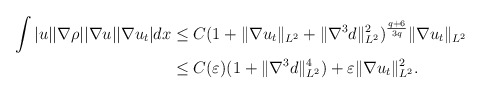
\begin{align*}\begin{aligned}\int |u| |\nabla \rho| |\nabla u| |\nabla u_t| dx&\le C(1+\|\nabla u_t\|_{L^2}+\|\nabla^3 d\|_{L^2}^2)^{\frac{q+6}{3q}} \|\nabla u_t\|_{L^2}\\&\le C(\varepsilon)(1+\|\nabla^3 d\|_{L^2}^4)+\varepsilon\|\nabla u_t\|_{L^2}^2.\end{aligned}\end{align*}